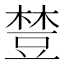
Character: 𧯴